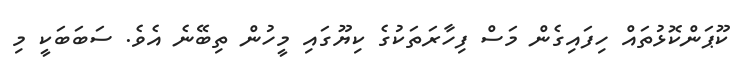
ކޫޕަންކޮޅުތައް ހިފައިގެން މަސް ފިހާރަތަކުގެ ކިޔޫގައި މީހުން ތިބޭނެ އެވެ. ސަބަބަކީ މި